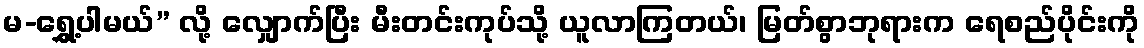
မ-ရွှေ့ပါမယ်” လို့ လျှောက်ပြီး မီးတင်းကုပ်သို့ ယူလာကြတယ်၊ မြတ်စွာဘုရားက ရေစည်ပိုင်းကို